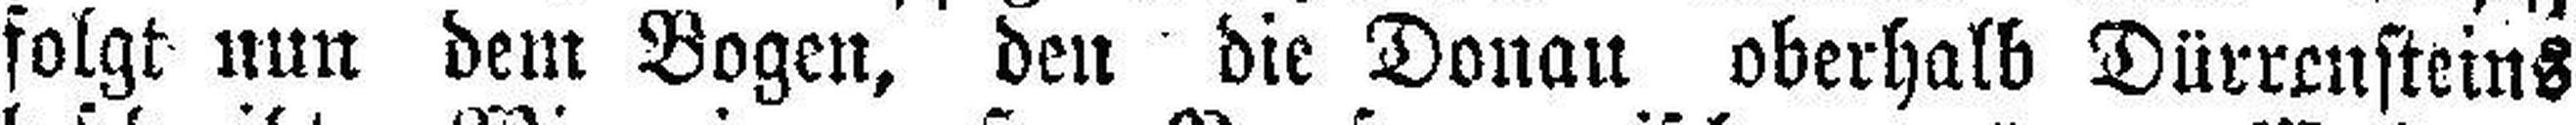
folgt nun dem Bogen, den die Donau oberhalb Dürrensteins